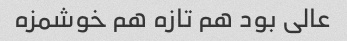
عالی بود هم تازه هم خوشمزه